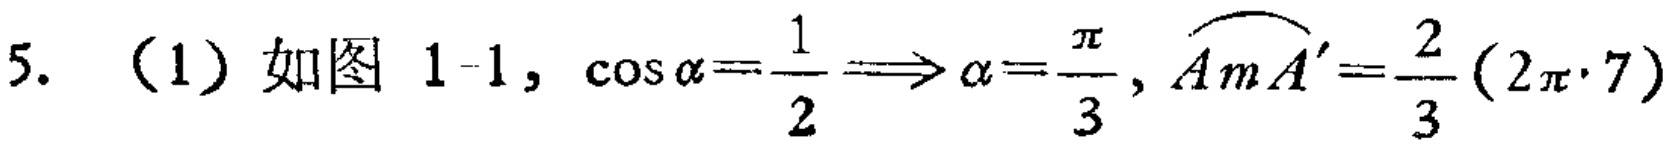
5. （1）如图 1-1, \(\cos\alpha=\frac{1}{2}\Longrightarrow\alpha = \frac{\pi}{3}, \overset{\frown}{AmA'}=\frac{2}{3}(2\pi\cdot7)\)